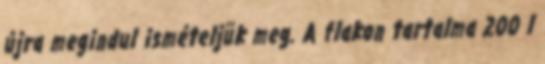
újra megindul ismételjük meg. A flakon tartalma 200 l